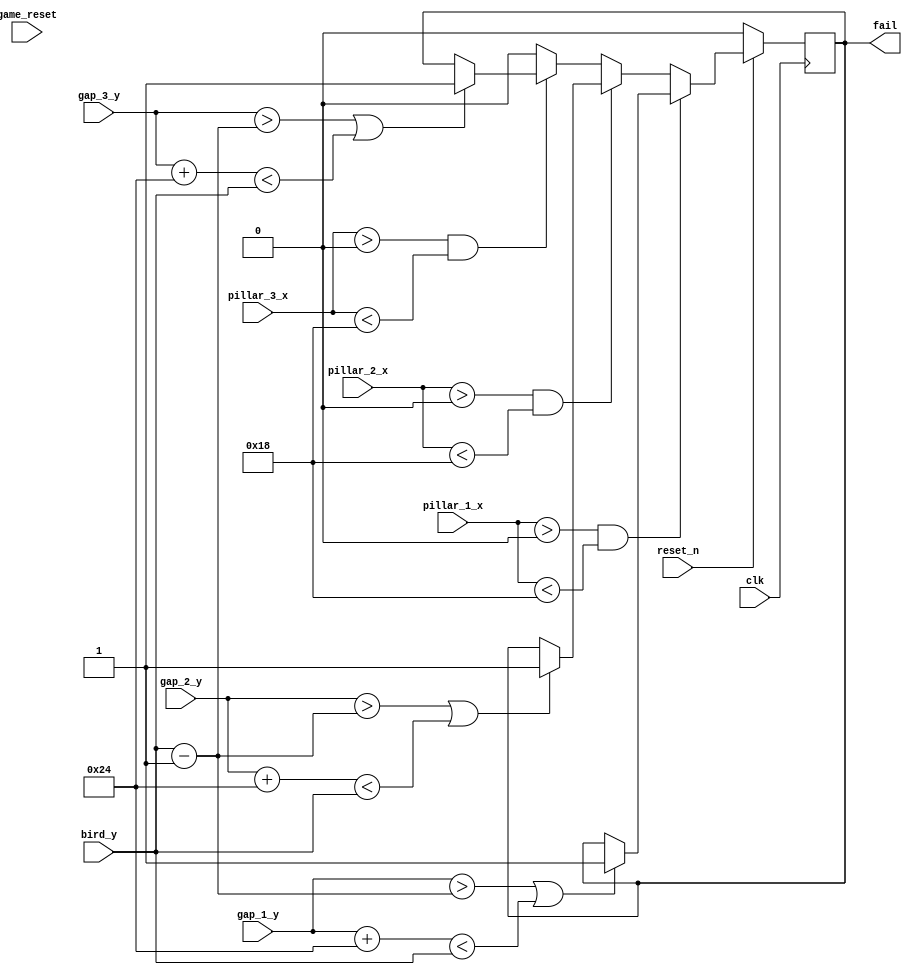
module collision_detection(
	input clk, reset_n, game_reset,
	input [7:0] pillar_1_x, pillar_2_x, pillar_3_x,
	input [6:0] bird_y, gap_1_y, gap_2_y, gap_3_y,
	output reg fail
);
	always @(posedge clk) begin
		if (!reset_n) begin
			fail = 1'b0;
		end
		else begin
			if (pillar_1_x > 8'd0 && pillar_1_x < 8'd24) begin
				if (gap_1_y > bird_y - 7'd1 || gap_1_y + 7'd36 < bird_y) 
					fail = 1'b1;
			end
			else if (pillar_2_x > 8'd0 && pillar_2_x < 8'd24) begin
				if (gap_2_y > bird_y - 7'd1 || gap_2_y + 7'd36 < bird_y) 
					fail = 1'b1;
			end
			else if (pillar_3_x > 8'd0 && pillar_3_x < 8'd24) begin
				if (gap_3_y > bird_y - 7'd1 || gap_3_y + 7'd36 < bird_y) 
					fail = 1'b1;
			end
			else 
				fail = 1'b0;
		end
	end
	
endmodule

module randomgenerator(
	input clk, reset_n, 
	input [3:0] seed, 
	output reg [3:0] fib1
);
	
	always @(posedge clk) begin
		if (!reset_n)
			fib1 <= seed;
		else
			fib1 <= {fib1[3]^fib1[2], fib1[2:0]};
	end
endmodule

module scoreboard(
	input clk, reset_n, game_reset, enable,
	input [7:0] pillar_1_x, pillar_2_x, pillar_3_x,
	input [6:0] bird_y, gap_1_y, gap_2_y, gap_3_y,
	output reg [6:0] digit1, digit2
);
	reg [6:0] score1, score2;
	always @(posedge clk) begin
		if (!reset_n || !game_reset) begin
			score1 = 4'd0;
			score2 = 4'd0;
		end
		else if (enable) begin
			if (pillar_1_x == 8'd14) begin
				if (gap_1_y <= bird_y - 7'd1 && gap_1_y + 7'd36 >= bird_y) begin
					if (score2 != 4'd9) 
						score2 = score2 + 4'd1;
					else begin
						score1 = score1 + 4'd1;
						score2 = 4'd0;
					end
				end
			end
			else if (pillar_2_x == 8'd14) begin
				if (gap_2_y <= bird_y - 7'd1 && gap_2_y + 7'd36 >= bird_y) begin
					if (score2 != 4'd9) 
						score2 = score2 + 4'd1;
					else begin
						score1 = score1 + 4'd1;
						score2 = 4'd0;
					end
				end
			end
			else if (pillar_3_x == 8'd14) begin
				if (gap_3_y <= bird_y - 7'd1 && gap_3_y + 7'd36 >= bird_y) begin
					if (score2 != 4'd9) 
						score2 = score2 + 4'd1;
					else begin
						score1 = score1 + 4'd1;
						score2 = 4'd0;
					end
				end
			end
		end
	end
	
	always @(*) begin
		case (score1)
			7'd0: digit1 = 7'b0000001;
			7'd1: digit1 = 7'b1001111; 
			7'd2: digit1 = 7'b0010010; 
			7'd3: digit1 = 7'b0000110;
			7'd4: digit1 = 7'b1001100;
			7'd5: digit1 = 7'b0100100;
			7'd6: digit1 = 7'b0100000;
			7'd7: digit1 = 7'b0001111;
			7'd8: digit1 = 7'b0000000;
			7'd9: digit1 = 7'b0001100;
		endcase
		case (score2)
			7'd0: digit2 = 7'b0000001;
			7'd1: digit2 = 7'b1001111; 
			7'd2: digit2 = 7'b0010010; 
			7'd3: digit2 = 7'b0000110;
			7'd4: digit2 = 7'b1001100;
			7'd5: digit2 = 7'b0100100;
			7'd6: digit2 = 7'b0100000;
			7'd7: digit2 = 7'b0001111;
			7'd8: digit2 = 7'b0000000;
			7'd9: digit2 = 7'b0001100;
		endcase
	end
endmodule

module ratedivider(enable, load_n, clk, reset_n, z);
	input enable, clk, reset_n;
	input [24:0] load_n;
	output reg z;
	
	reg [24:0] q;
	
	always @(posedge clk) begin
		if (reset_n == 1'b0)
			q <= load_n;
		else if (enable == 1'b1)
			begin
				if (q == 0)
					q <= load_n;
				else
					q <= q - 1'b1;
			end
	end
	
	always @(posedge clk) begin
		z <= (q == 1'b0) ? 1'b1 : 1'b0;
	end
endmodule